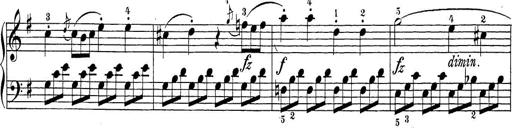
Title: Sonatina Album
Composer: Louis KÃ¶hler